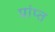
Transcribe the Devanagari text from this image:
प्रांप्त